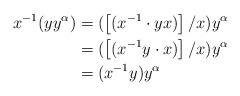
LaTeX: \begin{align*}x^{-1}(yy^{\alpha})&=(\left[(x^{-1}\cdot yx)\right]/x)y^{\alpha}&\\&=(\left[(x^{-1}y\cdot x)\right]/x)y^{\alpha}&\\&=(x^{-1}y)y^{\alpha}\end{align*}